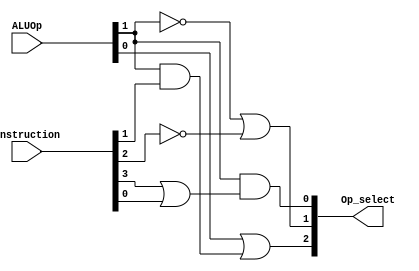
//Module: ALU control unit

module ALU_control_signals(
    output reg [2:0] Op_select,
    input [5:0] Instruction,
    input [1:0] ALUOp
    );
always @(ALUOp)
begin
Op_select[0] <= (ALUOp[1] & (Instruction[3] | Instruction[0]));
Op_select[1] <= (~ALUOp[1])|(~Instruction[2]);
Op_select[2] <= ALUOp[0] | (ALUOp[1] & Instruction[1]);
end
endmodule